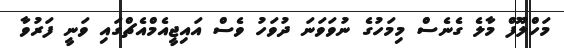
މަހްލޫފް މާލެ ގެނެސް މިމަހުގެ ނުވަަވަނަ ދުވަހު ވެސް އައިޖީއެމްއެޗްގައި ވަނީ ފަރުވާ